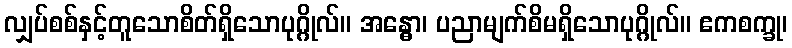
လျှပ်စစ်နှင့်တူသောစိတ်ရှိသောပုဂ္ဂိုလ်။ အန္ဓော၊ ပညာမျက်စိမရှိသောပုဂ္ဂိုလ်။ ဧကစက္ခု၊